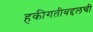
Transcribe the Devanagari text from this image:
हकीगतीबद्दलची